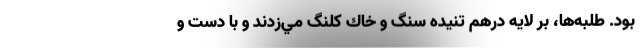
بود. طلبه‌ها، بر لايه درهم تنيده سنگ و خاك كلنگ مي‌زدند و با دست و